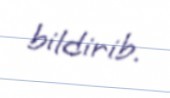
bildirib.